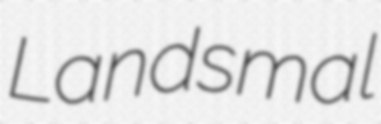
Landsmal